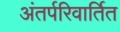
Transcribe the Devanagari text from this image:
अंतर्परिवार्तित